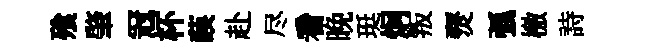
飱肇冠杯𦴤赴尽看晩珽炯叛燹弧檄詩